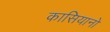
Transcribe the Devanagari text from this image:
कासियानो